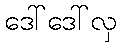
ဒေါ်ဒေါ်လှ